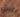
نحل